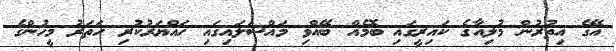
އޭގެ އިތުރުން މުލިއާގެ ކައިރީގައި ބޮމެއް ބޭއްވި މައްސަލައިގައި ހައްޔަރުކުރި ހަތަރު މީހުންގެ